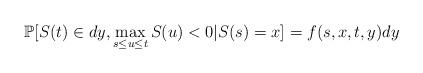
LaTeX: \begin{align*}\mathbb{P}[S(t) \in dy, \max\limits_{s \le u \le t} S(u)<0 \vert S(s)=x]=f(s,x,t,y)dy\end{align*}